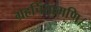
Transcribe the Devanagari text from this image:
ग्रहचिंतामणि।